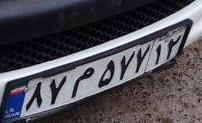
۸۷م۵۷۷۱۲